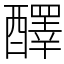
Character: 醳